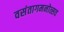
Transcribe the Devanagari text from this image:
वसंतागमनोत्सव